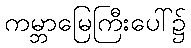
ကမ္ဘာမြေကြီးပေါ်၌